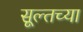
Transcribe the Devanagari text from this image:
सूल्तच्या